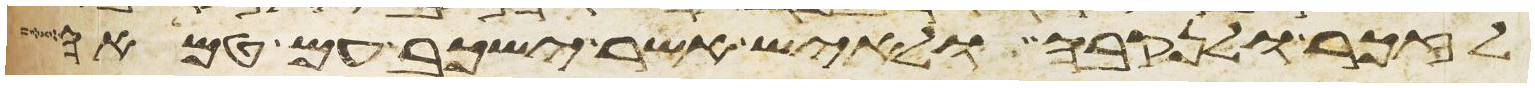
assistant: לזכר ולנקבה ולאיש אשר ישכב עם טמאה